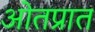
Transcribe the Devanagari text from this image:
ओतप्रात